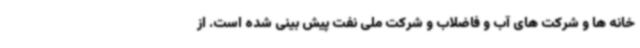
خانه ها و شرکت های آب و فاضلاب و شرکت ملی نفت پیش بینی شده است. از